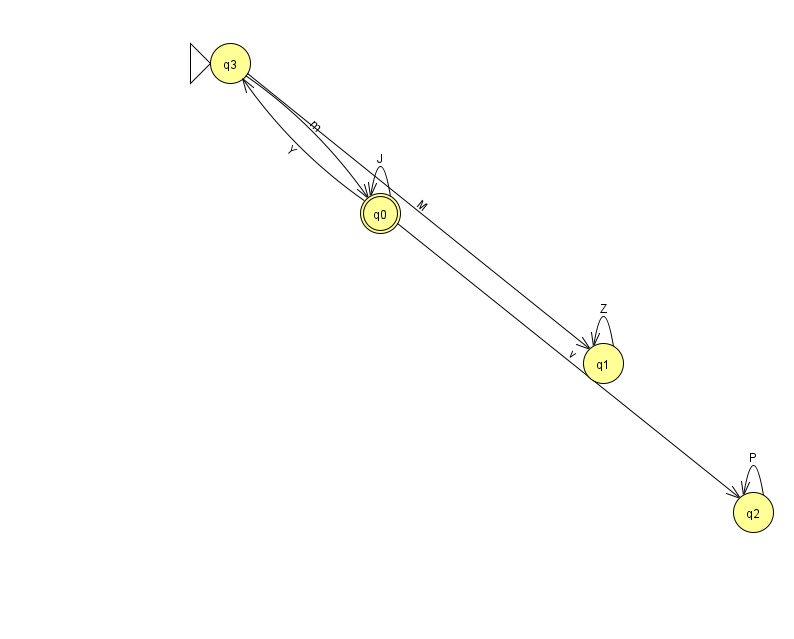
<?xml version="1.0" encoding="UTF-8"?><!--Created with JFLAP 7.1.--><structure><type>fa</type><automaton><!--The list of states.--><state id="0" name="q0"><x>380.0</x><y>200.0</y><final/></state><state id="1" name="q1"><x>603.0</x><y>350.0</y></state><state id="2" name="q2"><x>753.0</x><y>499.0</y></state><state id="3" name="q3"><x>230.0</x><y>50.0</y><initial/></state><!--The list of transitions.--><transition><from>2</from><to>2</to><read>P</read></transition><transition><from>3</from><to>0</to><read>m</read></transition><transition><from>0</from><to>3</to><read>Y</read></transition><transition><from>0</from><to>2</to><read>v</read></transition><transition><from>0</from><to>0</to><read>J</read></transition><transition><from>1</from><to>1</to><read>Z</read></transition><transition><from>3</from><to>1</to><read>M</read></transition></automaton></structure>